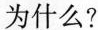
为什么?